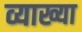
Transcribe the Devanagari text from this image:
व्याख्या